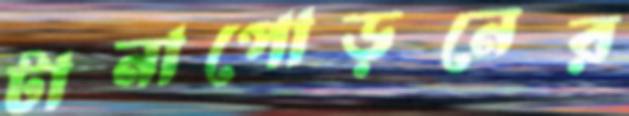
টানাপোড়নের